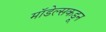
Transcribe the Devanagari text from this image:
मॉडेल्सकडून